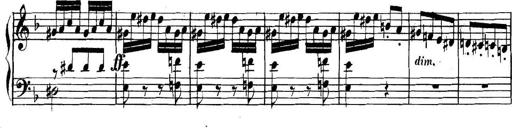
Title: Collected Piano Sonatas
Composer: Muzio Clementi